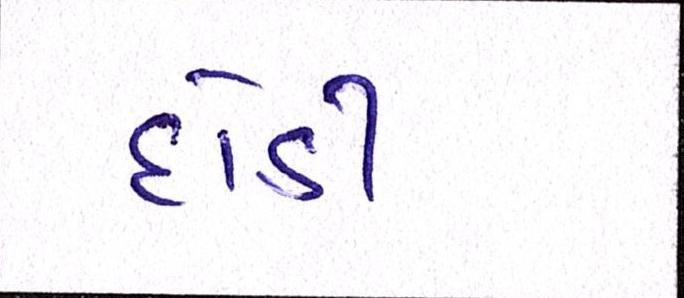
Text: દોડી